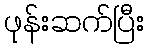
ဖုန်းဆက်ပြီး